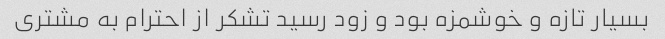
بسیار تازه و خوشمزه بود و زود رسید تشکر از احترام به مشتری